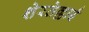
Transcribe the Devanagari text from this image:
शेरतेल्लाई